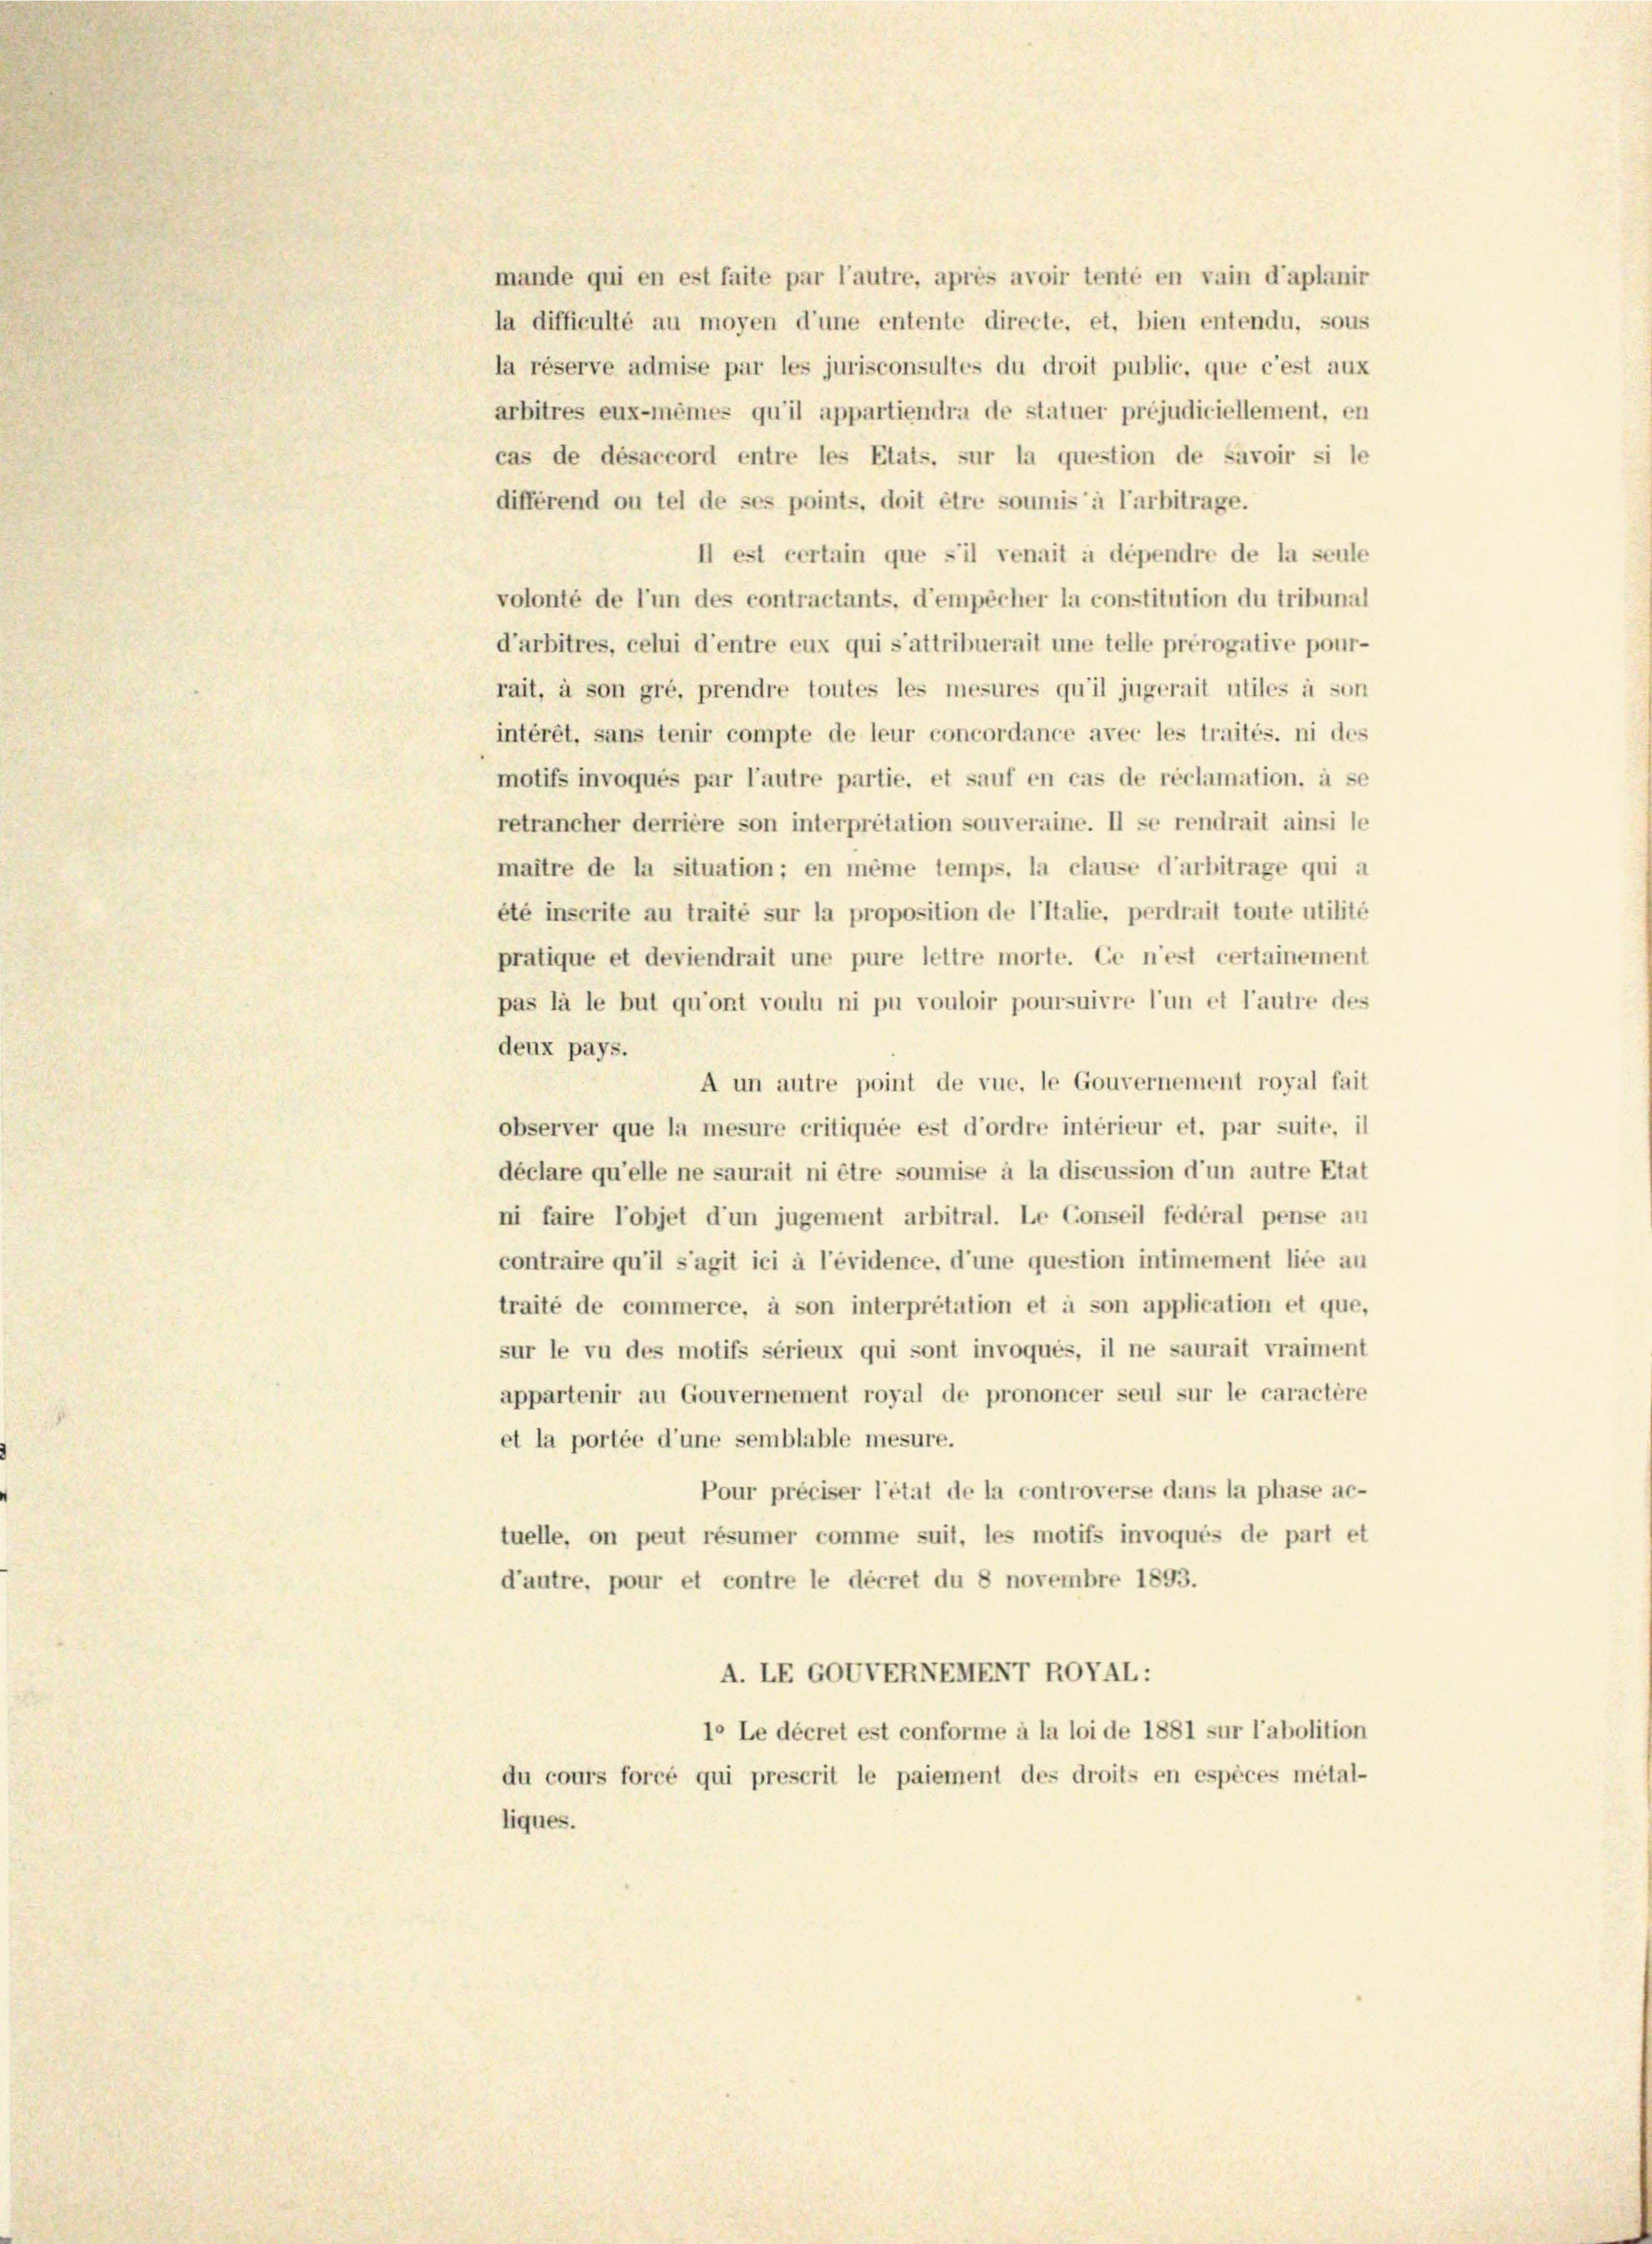
mande qui en est faite par l’autre, après avoir tenté en vain d’aplanir
la difficulté au moyen d’une entente directe, et, bien entendu, sous
la réserve admise par les jurisconsultes du droit public, que c’est aux
arbitres eux-mêmes qu’il appartiendra de statuer préjudiciellement, en
cas de désaccord entre les Etats, sur la question de savoir si le
différend ou tel de ses points, doit être soumis à l’arbitrage.
II est certain que s’il venait à dépendre de la seule
volonté de l’un des contractants, d’empêcher la constitution du tribunal
d’arbitres, celui d’entre eux qui s’attribuerait une telle prérogative pour-
rait, à son gré, prendre toutes les mesures qu’il jugerait utiles à son
intérêt, sans tenir compte de leur concordance avec les traités, ni des
motifs invoqués par l’autre partie, et sauf en cas de réclamation, à se
retrancher derrière son interpretation souveraine. Il se rendrait ainsi le
maître de la situation; en même temps, la clause d’arbitrage qui a
été inscrite au traité sur la proposition de l’Italie, perdrail toute utilité
pratique et deviendrait une pure lettre morte. Ce n’est certainement
pas la le but qu’ont voulu ni pu vouloir poursuivre l’un et l’autre des
deux pays.
A un autre point de vue, le Gouvernement royal fait
observer que la mesure critiquée est d’ordre intérieur et. par suite, il
déclare qu’elle ne saurait ni être soumise à la discussion d’un autre Etat
ni faire l’objet d’un jugement arbitral. Le Conseil fédéral pense au
contraire qu’il s’agit ici à l’évidence, d’une question intimement liée au
traité de commerce, à son interpretation et à son application et que,
sur le vu des motifs sérieux qui sont invoqués, il ne saurait vraiment
appartenir au Gouvernement royal de prononcer seul sur le caractère
et la portée d’une semblable mesure.
Pour préciser l’état de la controverse dans la phase ac-
tuelle, on peut résumer comme suit, les motifs invoqués de part et
d’autre, pour et contre le décret du 8 novembre 1893.
A. LEGOVVERNEHENT RONAL:
1° Le décret est conforme à la loi de 1881 sur l’abolition
du cours forcé qui prescrit le paiement des droits en espèces métal-
liques.